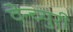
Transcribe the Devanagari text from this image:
वेन्च्युरी